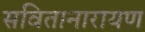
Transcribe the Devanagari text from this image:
सवितानारायण